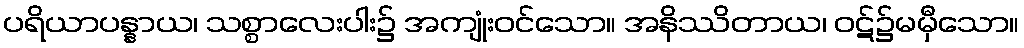
ပရိယာပန္နာယ၊ သစ္စာလေးပါး၌ အကျုံးဝင်သော။ အနိဿိတာယ၊ ဝဋ်၌မမှီသော။